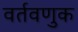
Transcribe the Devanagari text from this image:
वर्तवणुक